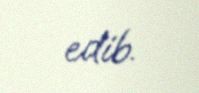
edib.